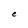
Character: e